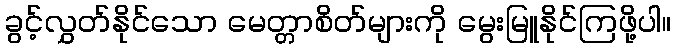
ခွင့်လွှတ်နိုင်သော မေတ္တာစိတ်များကို မွေးမြူနိုင်ကြဖို့ပါ။